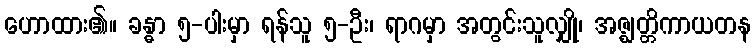
ဟောထား၏။ ခန္ဓာ ၅-ပါးမှာ ရန်သူ ၅-ဦး၊ ရာဂမှာ အတွင်းသူလျှို၊ အဇ္ဈတ္တိကာယတန